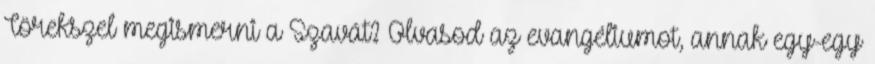
Törekszel megismerni a Szavát? Olvasod az evangéliumot, annak egy-egy